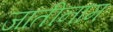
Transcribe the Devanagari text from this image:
जातीनाम